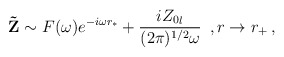
\begin{align*}{\bf \tilde Z} \sim F(\omega) e^{-i\omega r_*}+\frac{i {Z_0}_l}{(2\pi)^{1/2}\omega }\,\,\,, r\rightarrow r_+\,,\end{align*}